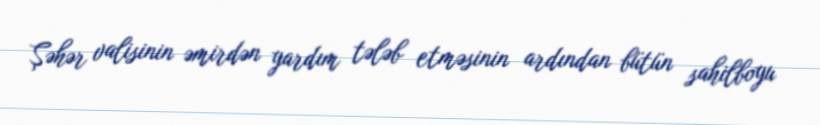
Şəhər valisinin əmirdən yardım tələb etməsinin ardından bütün sahilboyu